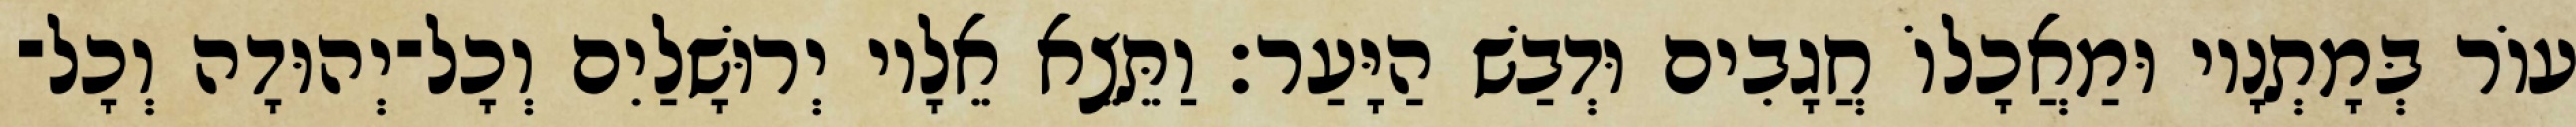
עוֹר בְּמָתְנָיו וּמַאֲכָלוֹ חֲגָבִים וּדְבַשׁ הַיָּעַר׃ וַתֵּצֵא אֵלָיו יְרוּשָׁלַיִם וְכָל־יְהוּדָה וְכָל־